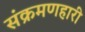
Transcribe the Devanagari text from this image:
संक्रमणहारी